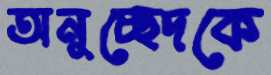
অনুচ্ছেদকে